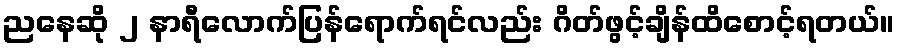
ညနေဆို ၂ နာရီလောက်ပြန်ရောက်ရင်လည်း ဂိတ်ဖွင့်ချိန်ထိစောင့်ရတယ်။